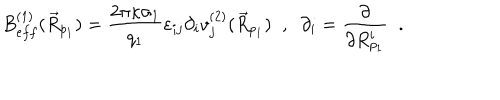
B _ { e f f } ^ { ( 1 ) } ( \vec { R } _ { p _ { 1 } } ) = \frac { 2 \pi \kappa \sigma _ { 1 } } { q _ { 1 } } \varepsilon _ { i j } \partial _ { i } v _ { j } ^ { ( 2 ) } ( \vec { R } _ { p _ { 1 } } ) \; \; , \; \; \partial _ { i } = \frac { \partial } { \partial R _ { p _ { 1 } } ^ { i } } \; \; .